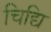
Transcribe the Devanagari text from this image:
चिद्यि